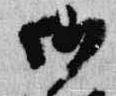
御